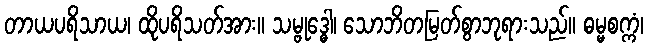
တာယပရိသာယ၊ ထိုပရိသတ်အား။ သမ္ဗုဒ္ဓေါ၊ သောဘိတမြတ်စွာဘုရားသည်။ ဓမ္မစက္ကံ၊